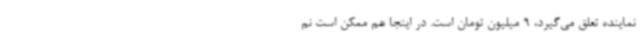
نماینده تعلق می‌گیرد، 9 میلیون تومان است. در اینجا هم ممکن است نم